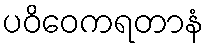
ပဝိဝေကရတာနံ